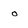
Character: o